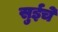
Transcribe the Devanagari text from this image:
सुईचे